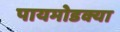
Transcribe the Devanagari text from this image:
पायमोडक्या